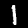
Label: 1